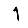
Digit: 1